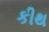
કીથ